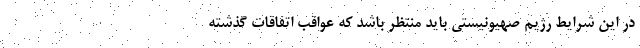
در این شرایط رژیم صهیونیستی باید منتظر باشد که عواقب اتفاقات گذشته